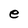
Character: e